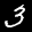
Label: 3